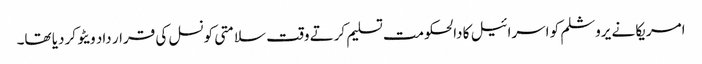
امریکا نے یروشلم کو اسرائیل کا دالحکومت تسلیم کرتے وقت سلامتی کونسل کی قرار داد ویٹو کردیا تھا۔